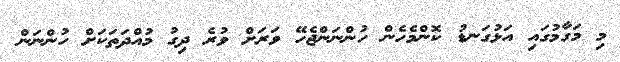
މި މަގާމުގައި އަޅުގަނޑު ކޮންމެހެން ހުންނަންޖެހޭ ވަރަށް ވުރެ ދިގު މުއްދަތަކަށް ހުންނަން